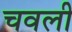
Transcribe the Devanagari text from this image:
चवली